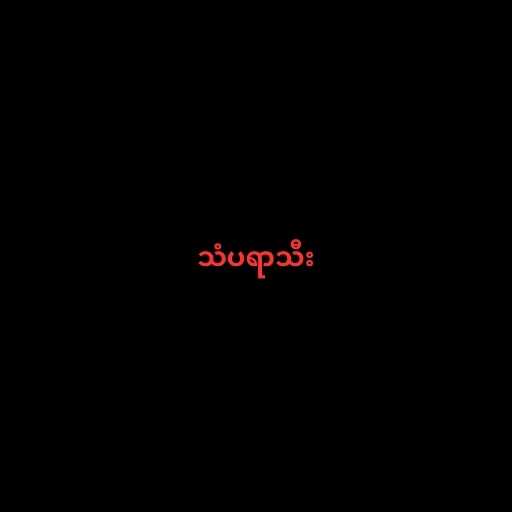
သံပရာသီး